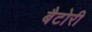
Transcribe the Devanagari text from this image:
बैटोरी